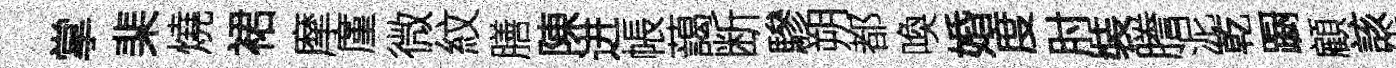
掌棐燒裙摩廑微紋膳陳进帳藹断驂朔都喚婚度肘裝謄泥乾蹰顧該伐